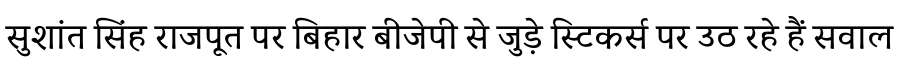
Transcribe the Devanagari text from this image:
सुशांत सिंह राजपूत पर बिहार बीजेपी से जुड़े स्टिकर्स पर उठ रहे हैं सवाल